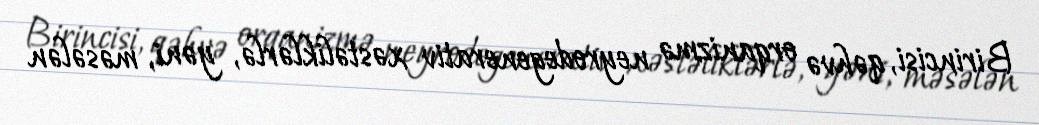
Birincisi, qəhvə orqanizmə neyrodegenerativ xəstəliklərlə, yəni, məsələn